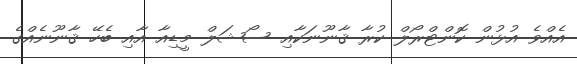
އެއްވެ އުޅުން ކޮންޓްރޯލް ކުރާ ޤާނޫނަކާއި ސޯޝަލް މީޑިއާ އާއި ބެހޭ ޤާނޫނެއްގެ